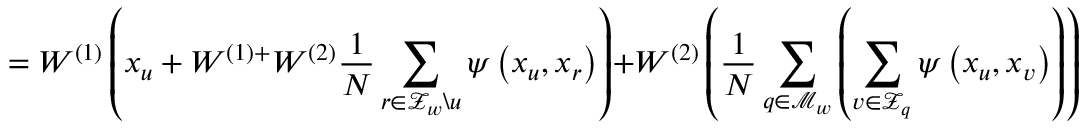
= W ^ { ( 1 ) } \left( x _ { u } + W ^ { ( 1 ) + } W ^ { ( 2 ) } \frac { 1 } { N } \sum _ { r \in \mathcal { Z } _ { w } \backslash u } \psi \left( x _ { u } , x _ { r } \right) \right) + W ^ { ( 2 ) } \left( \frac { 1 } { N } \sum _ { q \in \mathcal { M } _ { w } } \left( \sum _ { v \in \mathcal { Z } _ { q } } \psi \left( x _ { u } , x _ { v } \right) \right) \right) \quad ,